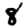
Digit: 8